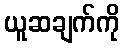
ယူဆချက်ကို